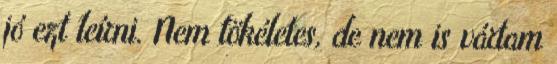
jó ezt leírni. Nem tökéletes, de nem is vártam